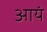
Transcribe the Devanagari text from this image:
आयं